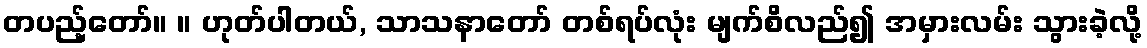
တပည့်တော်။ ။ ဟုတ်ပါတယ်, သာသနာတော် တစ်ရပ်လုံး မျက်စိလည်၍ အမှားလမ်း သွားခဲ့လို့